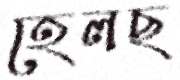
হেলছ